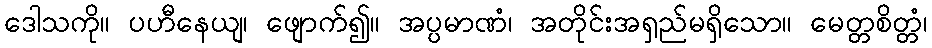
ဒေါသကို။ ပဟီနေယျ၊ ဖျောက်၍။ အပ္ပမာဏံ၊ အတိုင်းအရှည်မရှိသော။ မေတ္တစိတ္တံ၊